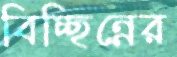
বিচ্ছিন্নের